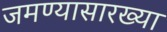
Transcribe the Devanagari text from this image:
जमण्यासारख्या